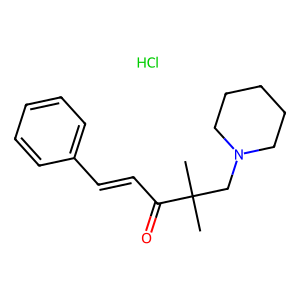
SMILES: CC(C)(CN1CCCCC1)C(=O)C=Cc1ccccc1.Cl
Inhibits HIV replication: No